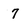
Character: 7